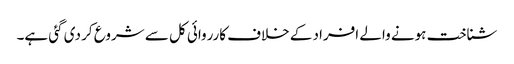
شناخت ہونے والے افراد کے خلاف کارروائی کل سے شروع کر دی گئی ہے۔